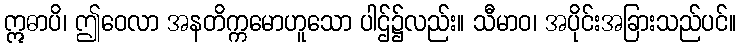
ဣဓာပိ၊ ဤဝေလာ အနတိက္ကမောဟူသော ပါဌ်၌လည်း။ သီမာဝ၊ အပိုင်းအခြားသည်ပင်။